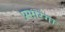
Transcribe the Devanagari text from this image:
प्रसारंगा